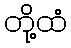
တို့ထံ